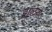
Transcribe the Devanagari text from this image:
हालेण